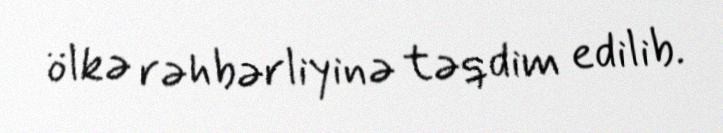
ölkə rəhbərliyinə təqdim edilib.